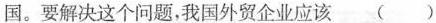
国。要解决这个问题，我国外贸企业应该()